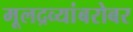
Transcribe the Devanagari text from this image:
मूलद्रव्यांबरोबर